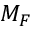
M _ { F }